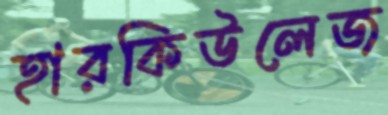
হারকিউলেজ